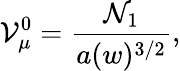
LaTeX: {\cal V}_{\mu}^{0}=\frac{{\cal N}_{1}}{a(w)^{3/2}},